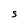
Character: S